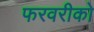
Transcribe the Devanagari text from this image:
फरवरीको